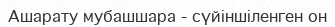
Ашарату мубашшара - сүйіншіленген он